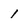
Character: 1